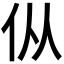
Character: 𰁧